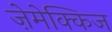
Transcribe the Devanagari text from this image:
ज़ेमेक्किज